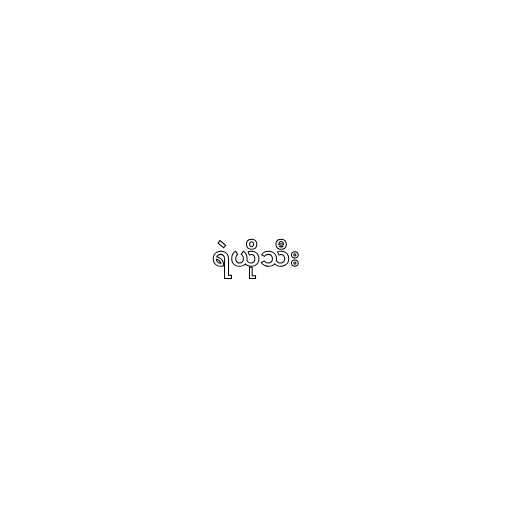
ရဲယိုသီး